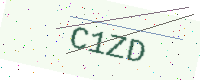
Text: C1ZD